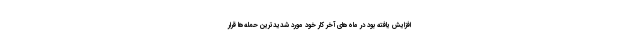
افزایش یافته بود در ماه‌های آخر کار خود مورد شدیدترین حمله‌ها قرار